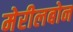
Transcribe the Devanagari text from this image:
मेरीलबोन